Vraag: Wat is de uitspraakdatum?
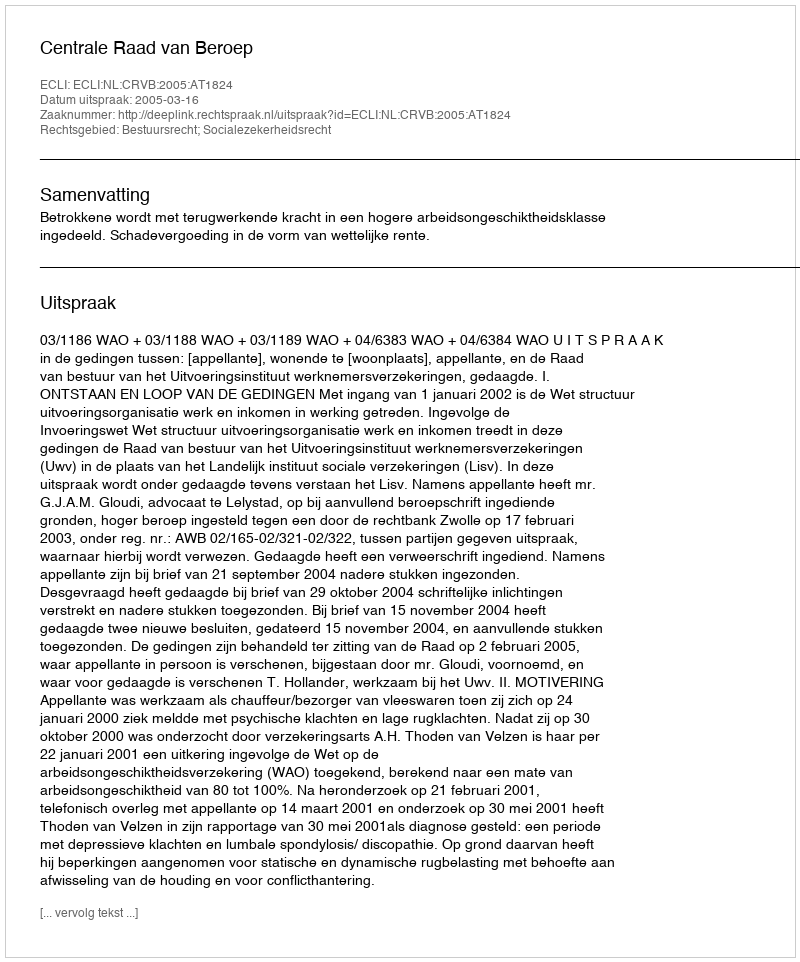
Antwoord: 2005-03-16